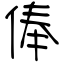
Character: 俸